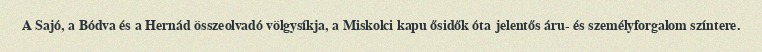
A Sajó, a Bódva és a Hernád összeolvadó völgysíkja, a Miskolci kapu ősidők óta jelentős áru- és személyforgalom színtere.